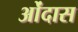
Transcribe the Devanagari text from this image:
ओंदास